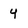
Character: 4